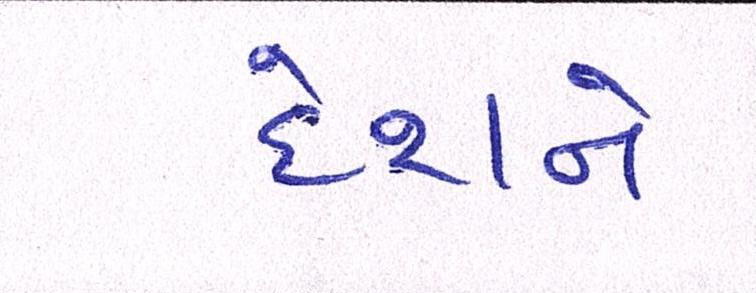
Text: દેશને